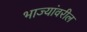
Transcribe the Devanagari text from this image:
भाज्यांवरील